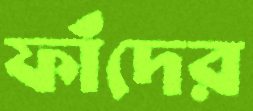
ফাঁদের